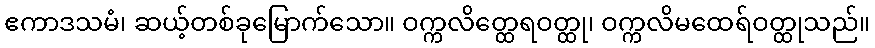
ဧကာဒသမံ၊ ဆယ့်တစ်ခုမြောက်သော။ ဝက္ကလိတ္ထေရဝတ္ထု၊ ဝက္ကလိမထေရ်ဝတ္ထုသည်။